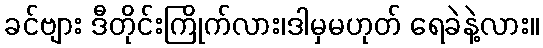
ခင်ဗျား ဒီတိုင်းကြိုက်လား၊ဒါမှမဟုတ် ရေခဲနဲ့လား။